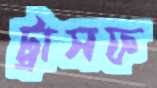
ট্রাসফ